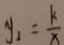
y _ { 1 } = \frac { k } { x }